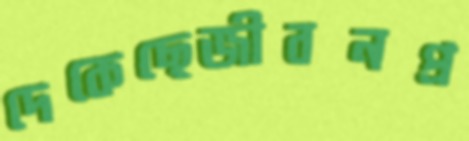
দেকেছেজীবনপ্র